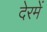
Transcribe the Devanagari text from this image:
देरमें